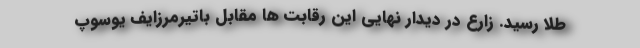
طلا رسید. زارع در دیدار نهایی این رقابت ها مقابل باتیرمرزایف یوسوپ